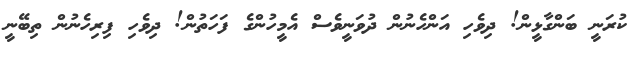
ކުރަނީ ބަންގާޅީން! ދިވެހި އަންހެނުން ދުވަނީވެސް އެމީހުންގެ ފަހަތުން! ދިވެހި ފިރިހެނުން ތިބޭނީ